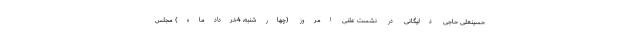
حسینعلی حاجی دلیگانی در نشست علنی امروز (چهارشنبه، 4خردادماه) مجلس